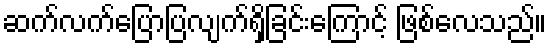
ဆက်လက်ပြောပြလျက်ရှိခြင်းကြောင့် ဖြစ်လေသည်။